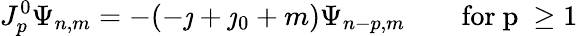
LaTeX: J_{p}^{0}\Psi_{n,m}=-(-\jmath+\jmath_{0}+m)\Psi_{n-p,m}\qquad\mathrm{for~p~\geq 1~}